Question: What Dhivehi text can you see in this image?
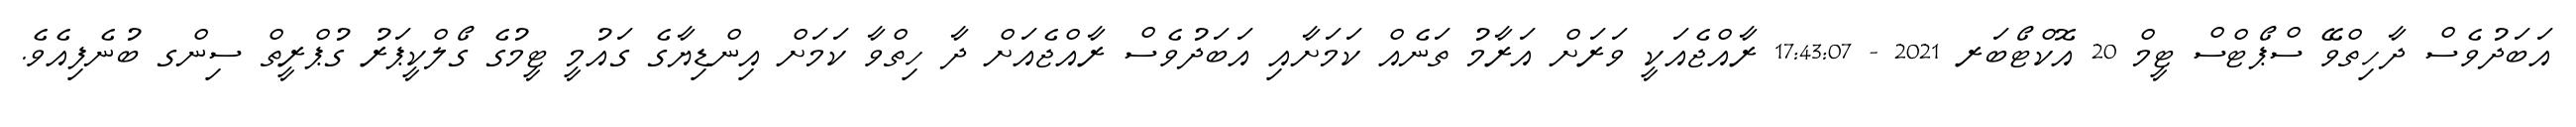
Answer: އަބަދުވެސް ދާހިތްވޭ ސްޕޯޓްސް ޓީމް 20 އޮކްޓޯބަރ 2021 - 17:43:07 ރާއްޖެއަކީ ވަރަށް އަރާމު ތަނެއް ކަމަށާއި އަބަދުވެސް ރާއްޖެއަށް ދާ ހިތްވާ ކަމަށް އިންޑިޔާގެ ގައުމީ ޓީމުގެ ގޯލްކީޕަރު ގުޕްރީތް ސިންގ ބުނެފިއެވެ.